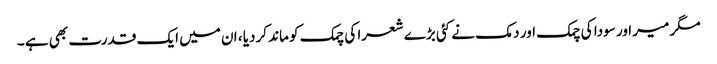
مگر میر اور سودا کی چمک اور دمک نے کئی بڑے شعرا کی چمک کو ماند کردیا ، ان میں ایک قدرت بھی ہے ۔